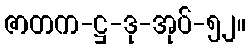
ဇာတက-ဋ္ဌ-ဒု-အုပ်-၅၂။